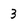
Character: 3